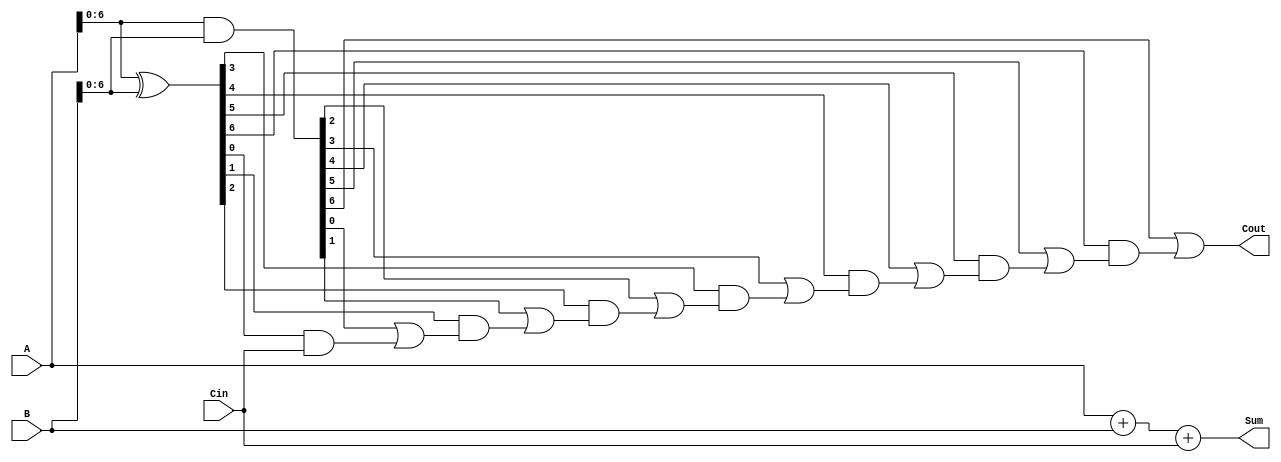
module carry_skip_adder (
    input wire [7:0] A,
    input wire [7:0] B,
    input wire Cin,
    output wire [7:0] Sum,
    output wire Cout
);

wire [7:0] P, G, C;

assign P = A ^ B;
assign G = A & B;
assign C[0] = Cin;

genvar i;

generate
    for (i = 1; i < 8; i = i + 1) begin
        assign C[i] = (G[i-1] | (P[i-1] & C[i-1]));
    end
endgenerate

assign Sum = A + B + Cin;
assign Cout = C[7];

endmodule